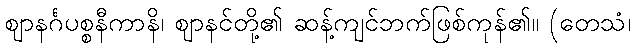
ဈာနင်္ဂပစ္စနီကာနိ၊ ဈာနင်တို့၏ ဆန့်ကျင်ဘက်ဖြစ်ကုန်၏။ (တေသံ၊